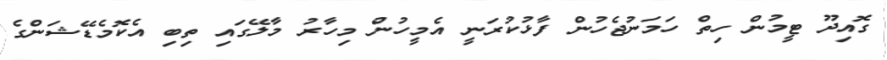
ގޮއިދޫ ޓީމުން ހިތް ހަމަނުޖެހުން ފާޅުކުރަނީ އެމީހުން މިހާރު މާލޭގައި ތިބި އެކޮމެޑޭޝަންގެ